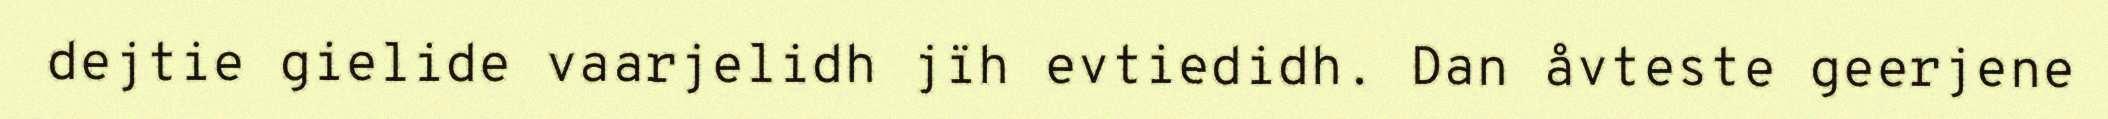
dejtie gielide vaarjelidh jïh evtiedidh. Dan åvteste geerjene